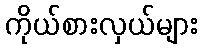
ကိုယ်စားလှယ်များ